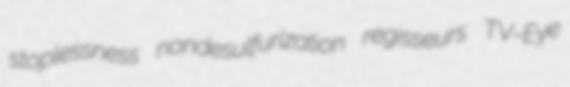
stoplessness nondesulfurization regisseurs TV-Eye